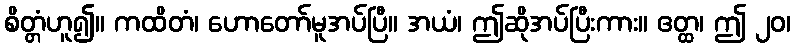
စိတ္တံဟူ၍။ ကထိတံ၊ ဟောတော်မူအပ်ပြီ။ အယံ၊ ဤဆိုအပ်ပြီးကား။ ဧတ္ထ၊ ဤ ၂၀၊